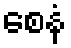
စေနံ